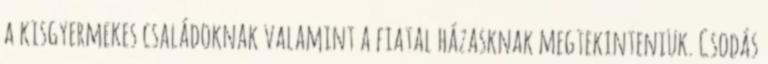
a kisgyermekes családoknak valamint a fiatal házasknak megtekinteniük. Csodás